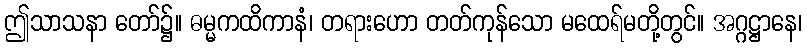
ဤသာသနာ တော်၌။ ဓမ္မကထိကာနံ၊ တရားဟော တတ်ကုန်သော မထေရ်မတို့တွင်။ အဂ္ဂဋ္ဌာနေ၊